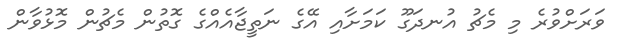
ވަރަށްވުރެ މި މެޗު އުނދަގޫ ކަމަށާއި އޭގެ ނަތީޖާއެއްގެ ގޮތުން މެޗުން މޮޅުވާން